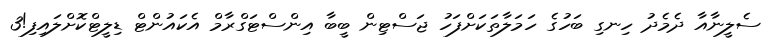
ސެލީނާއާ ދެމެދު ހިނގި ބަހުގެ ހަމަލާތަކަށްފަހު ޖަސްޓިން ބީބާ އިންސްޓަގްރާމް އެކައުންޓް ޑިލީޓްކޮށްލައިފި!3